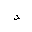
Letter: _dal